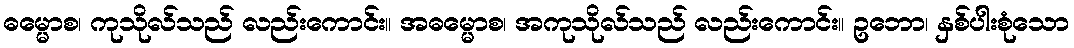
ဓမ္မောစ၊ ကုသိုလ်သည် လည်းကောင်း။ အဓမ္မောစ၊ အကုသိုလ်သည် လည်းကောင်း။ ဥဘော၊ နှစ်ပါးစုံသော